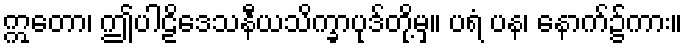
ဣတော၊ ဤပါဠိဒေသနီယသိက္ခာပုဒ်တို့မှ။ ပရံ ပန၊ နောက်၌ကား။